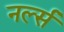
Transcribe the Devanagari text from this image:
नर्ल्स